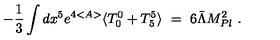
- \frac { 1 } { 3 } \int d x ^ { 5 } e ^ { 4 < A > } \langle T _ { 0 } ^ { 0 } + T _ { 5 } ^ { 5 } \rangle \ = \ 6 \bar { \Lambda } M _ { P l } ^ { 2 } \ .